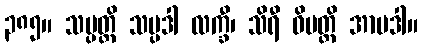
၃၈၅။ သမ္ပတ္တိ သမ္ပဒါ လက္ခီ၊ သိရီ ဝိပတ္တိ အာပဒါ။